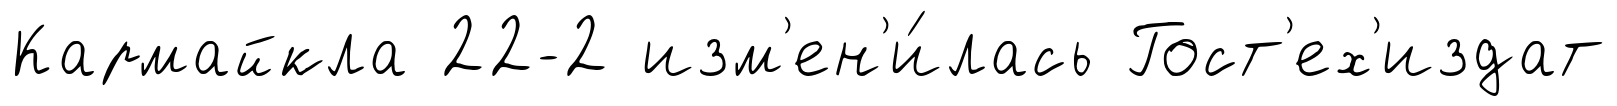
Кармайкла 22-2 изм'ен'и́лась Гост'ех'издат